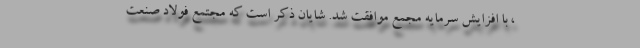
، با افزایش سرمایه مجمع موافقت شد. شايان ذكر است كه مجتمع فولاد صنعت